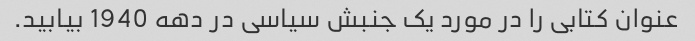
عنوان کتابی را در مورد یک جنبش سیاسی در دهه 1940 بیابید.